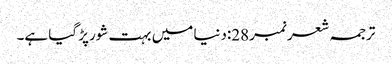
ترجمہ شعر نمبر28:دنیا میں بہت شورپڑ گیا ہے۔